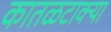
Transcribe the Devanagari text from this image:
कातळटाक्या